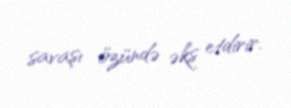
savaşı özündə əks etdirir.